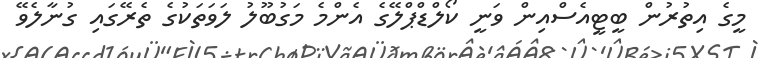
މީގެ އިތުރުން ބީޓީއެސްއިން ވަނީ ކޯލްޑްޕްލޭގެ އެންމެ މަގުބޫލު ލަވަތަކުގެ ތެރޭގައި ގުނާލެވޭ